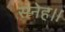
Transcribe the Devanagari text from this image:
सनेह।।